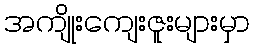
အကျိုးကျေးဇူးများမှာ